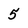
Character: 5